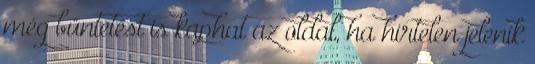
még büntetést is kaphat az oldal, ha hirtelen jelenik